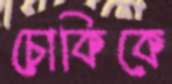
চোকিকে